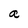
Character: a